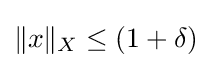
\|x\|_{X}\leq (1+\delta )